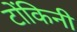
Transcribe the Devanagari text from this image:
टोंकिनी